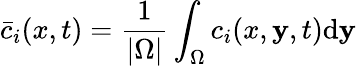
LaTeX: \bar{c}_{i}(x,t)=\frac{1}{\left|\Omega\right|}\int_{\Omega}^{}c_{i}(x,\mathbf{y},t)\mathrm{d}\mathbf{y}